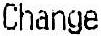
CHANGE